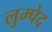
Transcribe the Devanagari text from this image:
लुम्पेद